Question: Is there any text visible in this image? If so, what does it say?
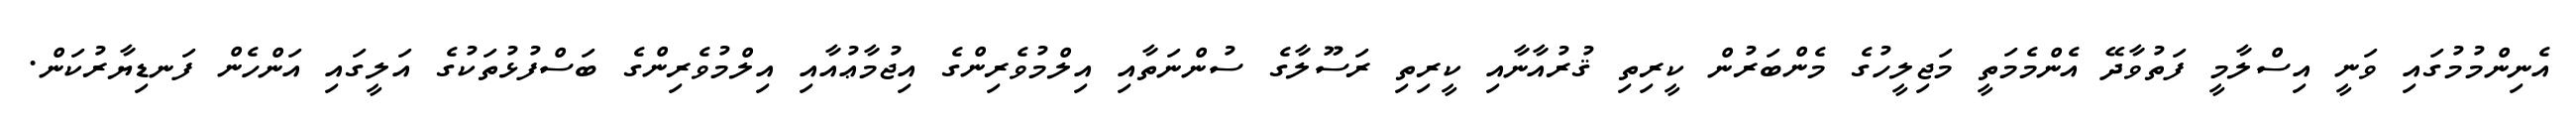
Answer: އެނިންމުމުގައި ވަނީ އިސްލާމީ ފަތުވާދޭ އެންމެމަތީ މަޖިލީހުގެ މެންބަރުން ކީރިތި ޤުރުއާނާއި ކީރިތި ރަސޫލާގެ ސުންނަތާއި އިލްމުވެރިންގެ އިޖުމާޢުއާއި އިލްމުވެރިންގެ ބަސްފުޅުތަކުގެ އަލީގައި އަންހެން ފަނޑިޔާރުކަން.